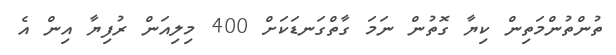
ތުންތުންމަތިން ކިޔާ ގޮތުން ނަމަ ގާތްގަނޑަކަށް 400 މިލިއަން ރުފިޔާ އިން އެ